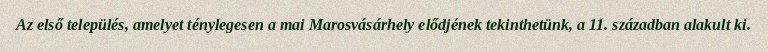
Az első település, amelyet ténylegesen a mai Marosvásárhely elődjének tekinthetünk, a 11. században alakult ki.